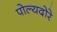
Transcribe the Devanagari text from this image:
पोल्यदोरे